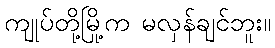
ကျုပ်တို့မြို့က မလှန်ချင်ဘူး။